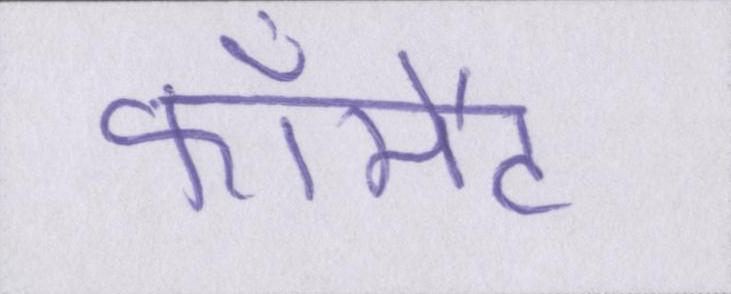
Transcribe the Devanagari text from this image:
फॉर्मेट